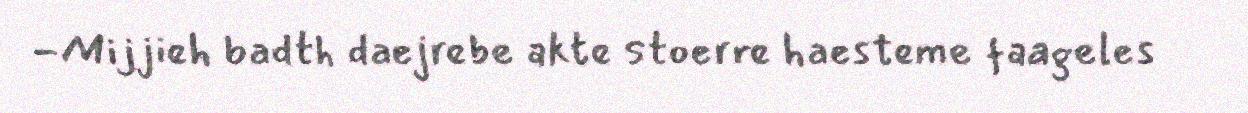
-Mijjieh badth daejrebe akte stoerre haesteme faageles